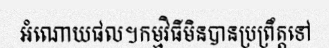
អំណោយផល។កម្មវិធីមិនបានប្រព្រឹត្តទៅ